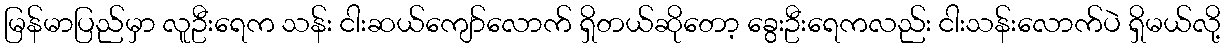
မြန်မာပြည်မှာ လူဦးရေက သန်း ငါးဆယ်ကျော်လောက် ရှိတယ်ဆိုတော့ ခွေးဦးရေကလည်း ငါးသန်းလောက်ပဲ ရှိမယ်လို့